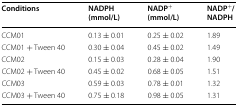
<table><thead><tr><td><b>Conditions</b></td><td><b>NADPH (mmol/L)</b></td><td><b>NADP<sup>+</sup> (mmol/L)</b></td><td><b>NADP<sup>+</sup>/NADPH</b></td></tr></thead><tbody><tr><td>CCM01</td><td>0.13 ± 0.01</td><td>0.25 ± 0.02</td><td>1.89</td></tr><tr><td>CCM01 + Tween 40</td><td>0.30 ± 0.04</td><td>0.45 ± 0.02</td><td>1.49</td></tr><tr><td>CCM02</td><td>0.15 ± 0.03</td><td>0.28 ± 0.04</td><td>1.90</td></tr><tr><td>CCM02 + Tween 40</td><td>0.45 ± 0.02</td><td>0.68 ± 0.05</td><td>1.51</td></tr><tr><td>CCM03</td><td>0.59 ± 0.03</td><td>0.78 ± 0.01</td><td>1.32</td></tr><tr><td>CCM03 + Tween 40</td><td>0.75 ± 0.18</td><td>0.98 ± 0.05</td><td>1.31</td></tr></tbody></table>